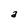
Character: a